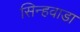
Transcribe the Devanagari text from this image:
सिन्हवाडा